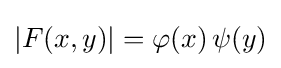
{\textstyle |F(x,y)|=\varphi (x)\,\psi (y)}